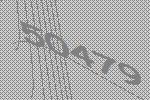
50479